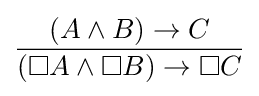
{\frac {(A\land B)\to C}{(\Box A\land \Box B)\to \Box C}}